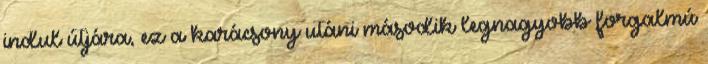
indul útjára, ez a karácsony utáni második legnagyobb forgalmú